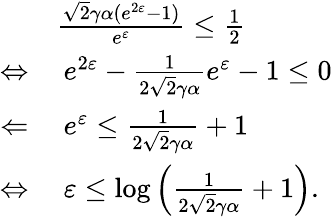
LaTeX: \begin{array}{rl}&{\frac{\sqrt{2}\gamma\alpha(e^{2\varepsilon}-1)}{e^{\varepsilon}}\leq\frac{1}{2}}\\ {\Leftrightarrow}&{\ e^{2\varepsilon}-\frac{1}{2\sqrt{2}\gamma\alpha}e^{\varepsilon}-1\leq 0}\\ {\Leftarrow}&{\ e^{\varepsilon}\leq\frac{1}{2\sqrt{2}\gamma\alpha}+1}\\ {\Leftrightarrow}&{\ \varepsilon\leq\log\left(\frac{1}{2\sqrt{2}\gamma\alpha}+1\right).}\end{array}